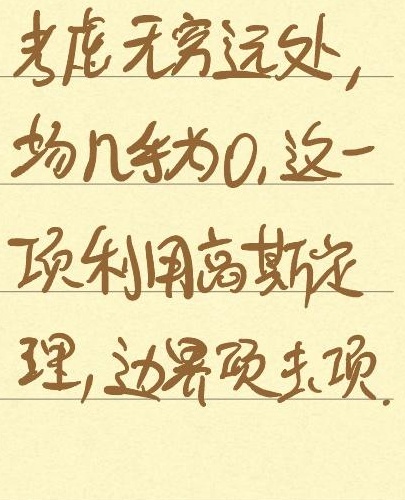
考虑无穷远处,
场几乎为0, 这一
项利用高斯定
理, 边界项去项.